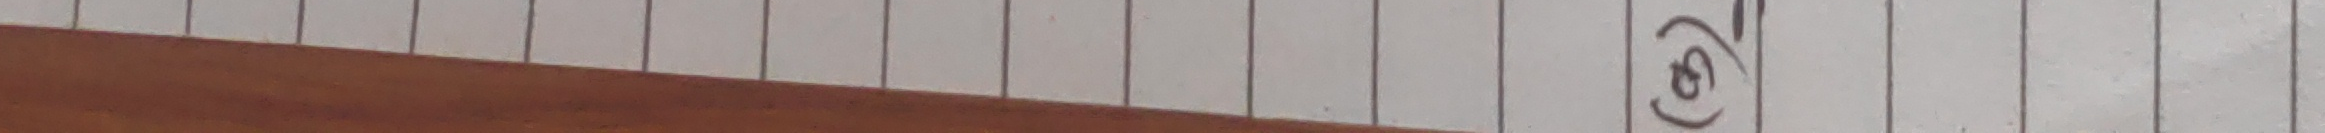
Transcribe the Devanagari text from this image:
(छ)